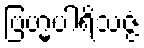
ဗြဟ္မပါရိသဇ္ဇံ